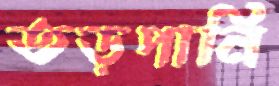
তড়পানি